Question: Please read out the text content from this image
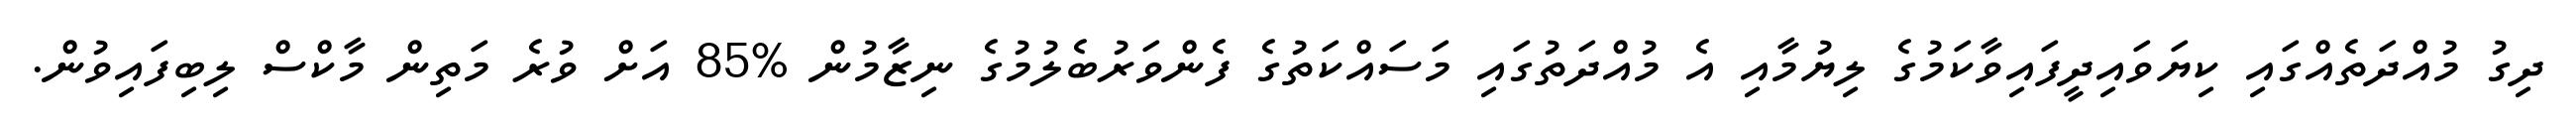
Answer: ދިގު މުއްދަތެއްގައި ކިޔަވައިދީފައިވާކަމުގެ ލިޔުމާއި އެ މުއްދަތުގައި މަސައްކަތުގެ ފެންވަރުބެލުމުގެ ނިޒާމުން %85 އަށް ވުރެ މަތިން މާކްސް ލިބިފައިވުން.